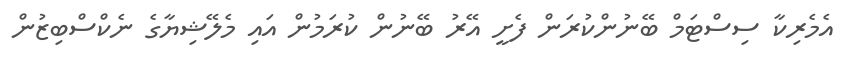
އެމެރިކާ ސިސްޓަމް ބޭނުންކުރަން ފެށީ އޭރު ބޭނުން ކުރަމުން އައި މެލޭޝިޔާގެ ނެކްސްބިޒުން